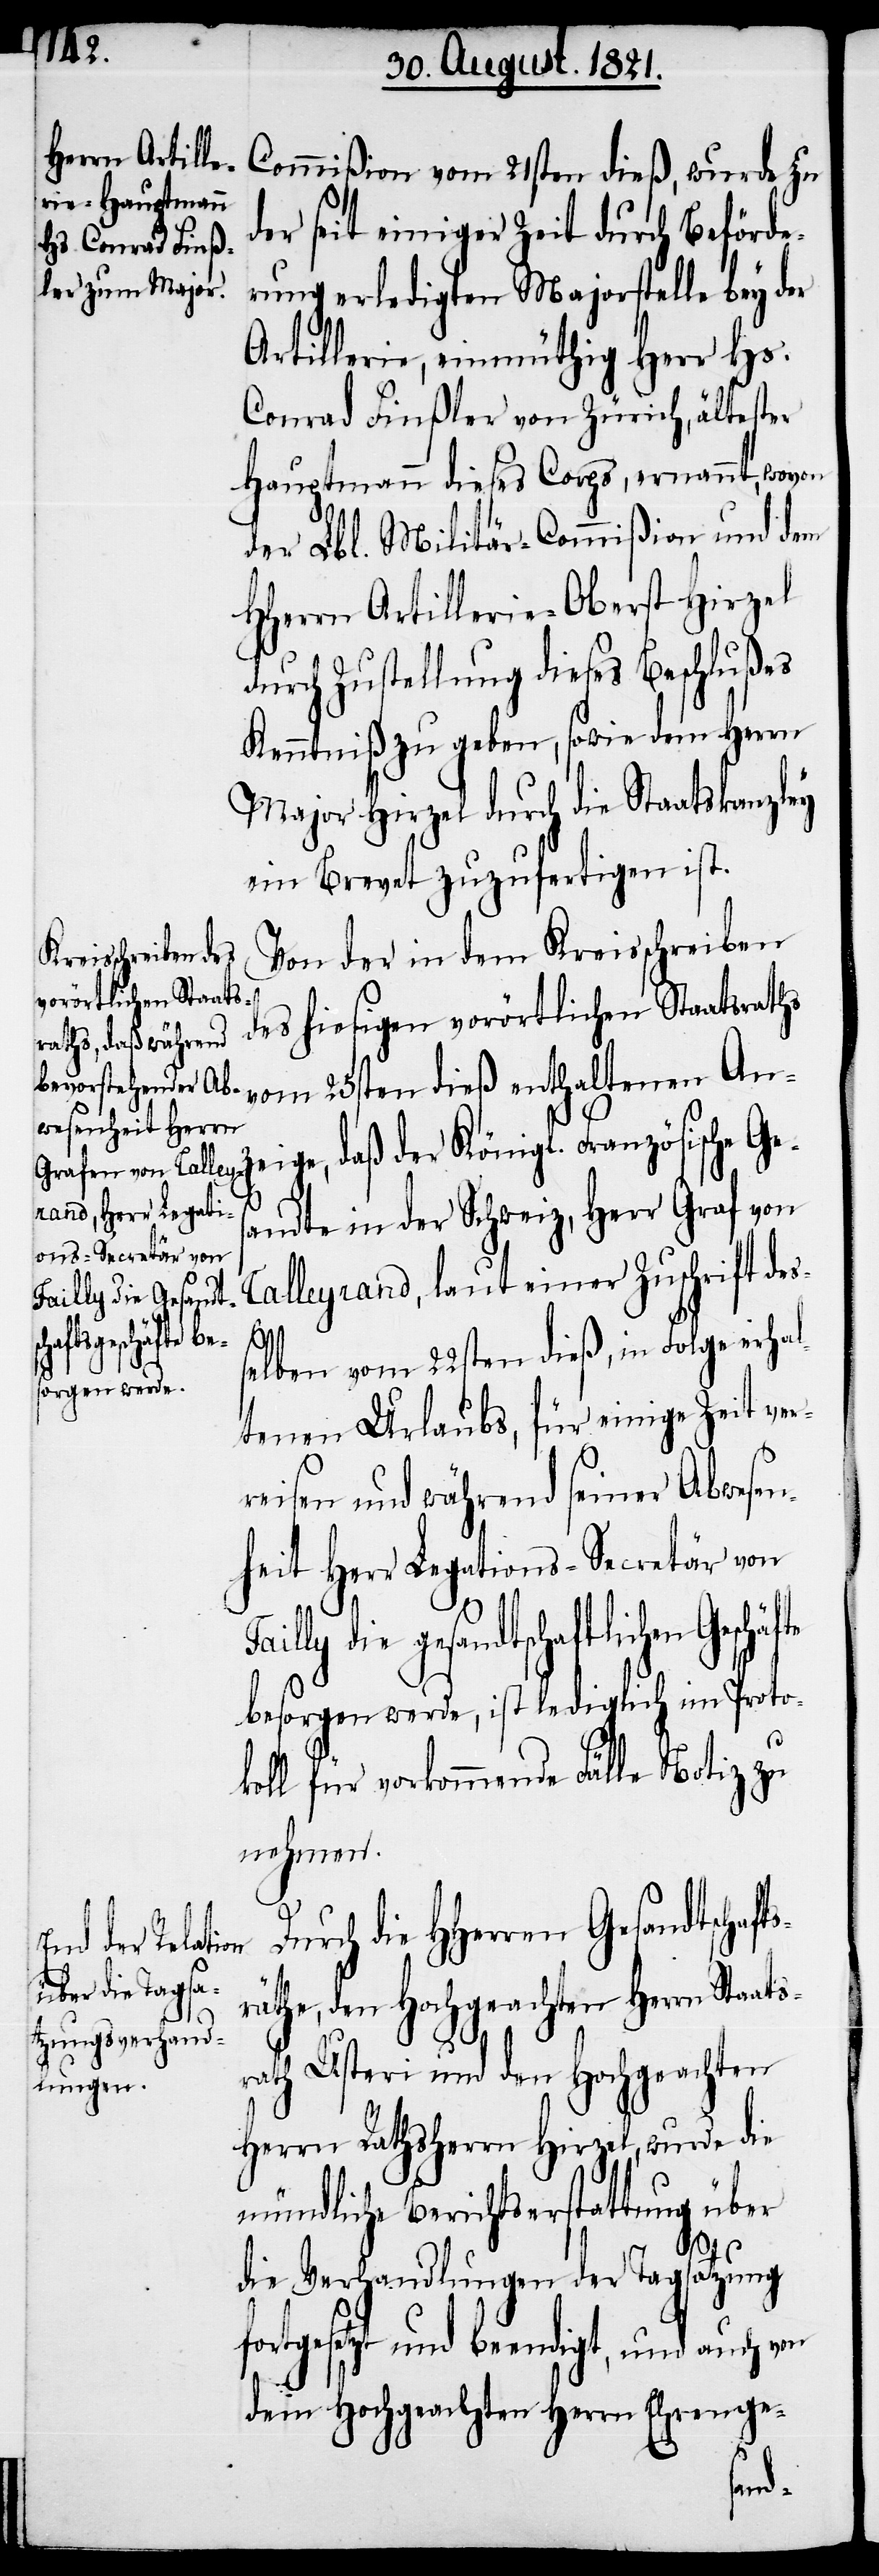
Commißion vom 21sten dieß, wurde zu
der seit einiger Zeit durch Beförde¬
rung erledigten Majorstelle bey der
Artillerie, einmüthig Herr Hs.
Conrad Finßler von Zürich, ältester
Hauptmann dieses Corps, ernannt, wovon
der Lbl. Militär-Commißion und dem
HHerrn Artillerie-Oberst Hirzel
durch Zustellung dieses Beschlußes
Kenntniß zu geben, sowie dem Herrn
Major Hirzel durch die Staatskanzley
ein Brevet zuzufertigen ist.
Von der in dem Kreisschreiben
des hiesigen vorörtlichen Staatsraths
vom 25sten dieß enthaltenen An¬
zeige, daß der Königl. Französische Ge¬
sandte in der Schweiz, Herr Graf von
Talleyrand, laut einer Zuschrift des¬
ats¬
Geschäfte
selben vom 22sten dieß, in Folge erhal¬
tenen Urlaubs, für einige Zeit ver¬
reisen und während seiner Abwesen¬
heit Herr Legations-Secretär von
ly die gesandtschaftlichen
besorgen werde, ist lediglich im Proto¬
koll für vorkommende Fälle Notiz zu
nehmen.
urch die HHerren Gesandtschaf¬
räthe, den Hochgeachten Herrn Sta¬
rath Usteri und den Hochgeachten
Herrn Rathsherrn Hirzel, wurde die
mündliche Berichtserstattung über
die Verhandlungen der Tagsatzung
fortgesetzt und beendigt, und auch von
dem Hochgeachten Herrn Ehrenge-
ts¬